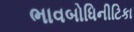
ભાવબોધિનીટિકા